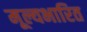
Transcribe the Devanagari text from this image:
मूल्यभारित